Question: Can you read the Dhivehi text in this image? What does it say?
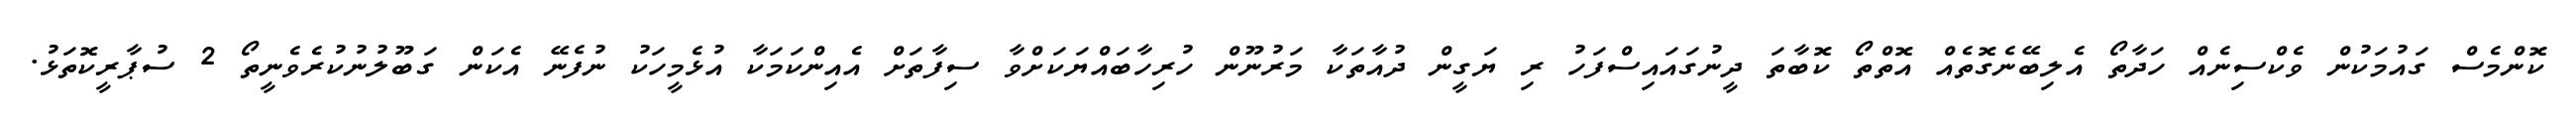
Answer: ކޮންމެސް ގައުމަކުން ވެކްސިނެއް ހަދާތޯ އެލިބޭނެގޮތެއް އޮތްތޯ ކޮބާތަ ދީނުގައައިސްފަހު ރި ޔަގީން ދުއާތަކާ މަރުނޫން ހުރިހާބައްޔަކަށްވާ ސިފާތަށް އެއިންކަމަކާ އުޅެމީހަކު ނުފެނޭ އެކަން ގަބޫލުނުކުރެވެނީތޯ 2 ސުޕާރީކޮތަޅު.